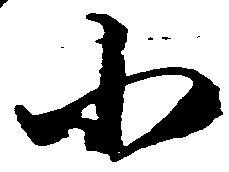
小